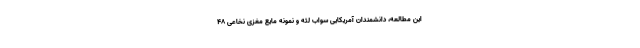
این مطالعه، دانشمندان آمریکایی سواب لثه و نمونه مایع مغزی نخاعی ۴۸